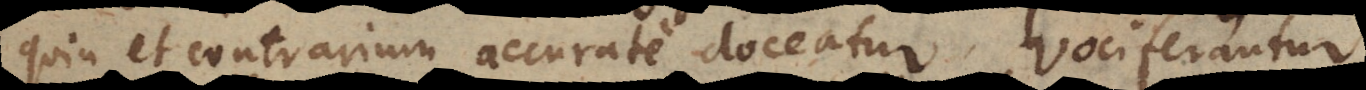
quin et contrarium accurate doceatur. Vociferantur